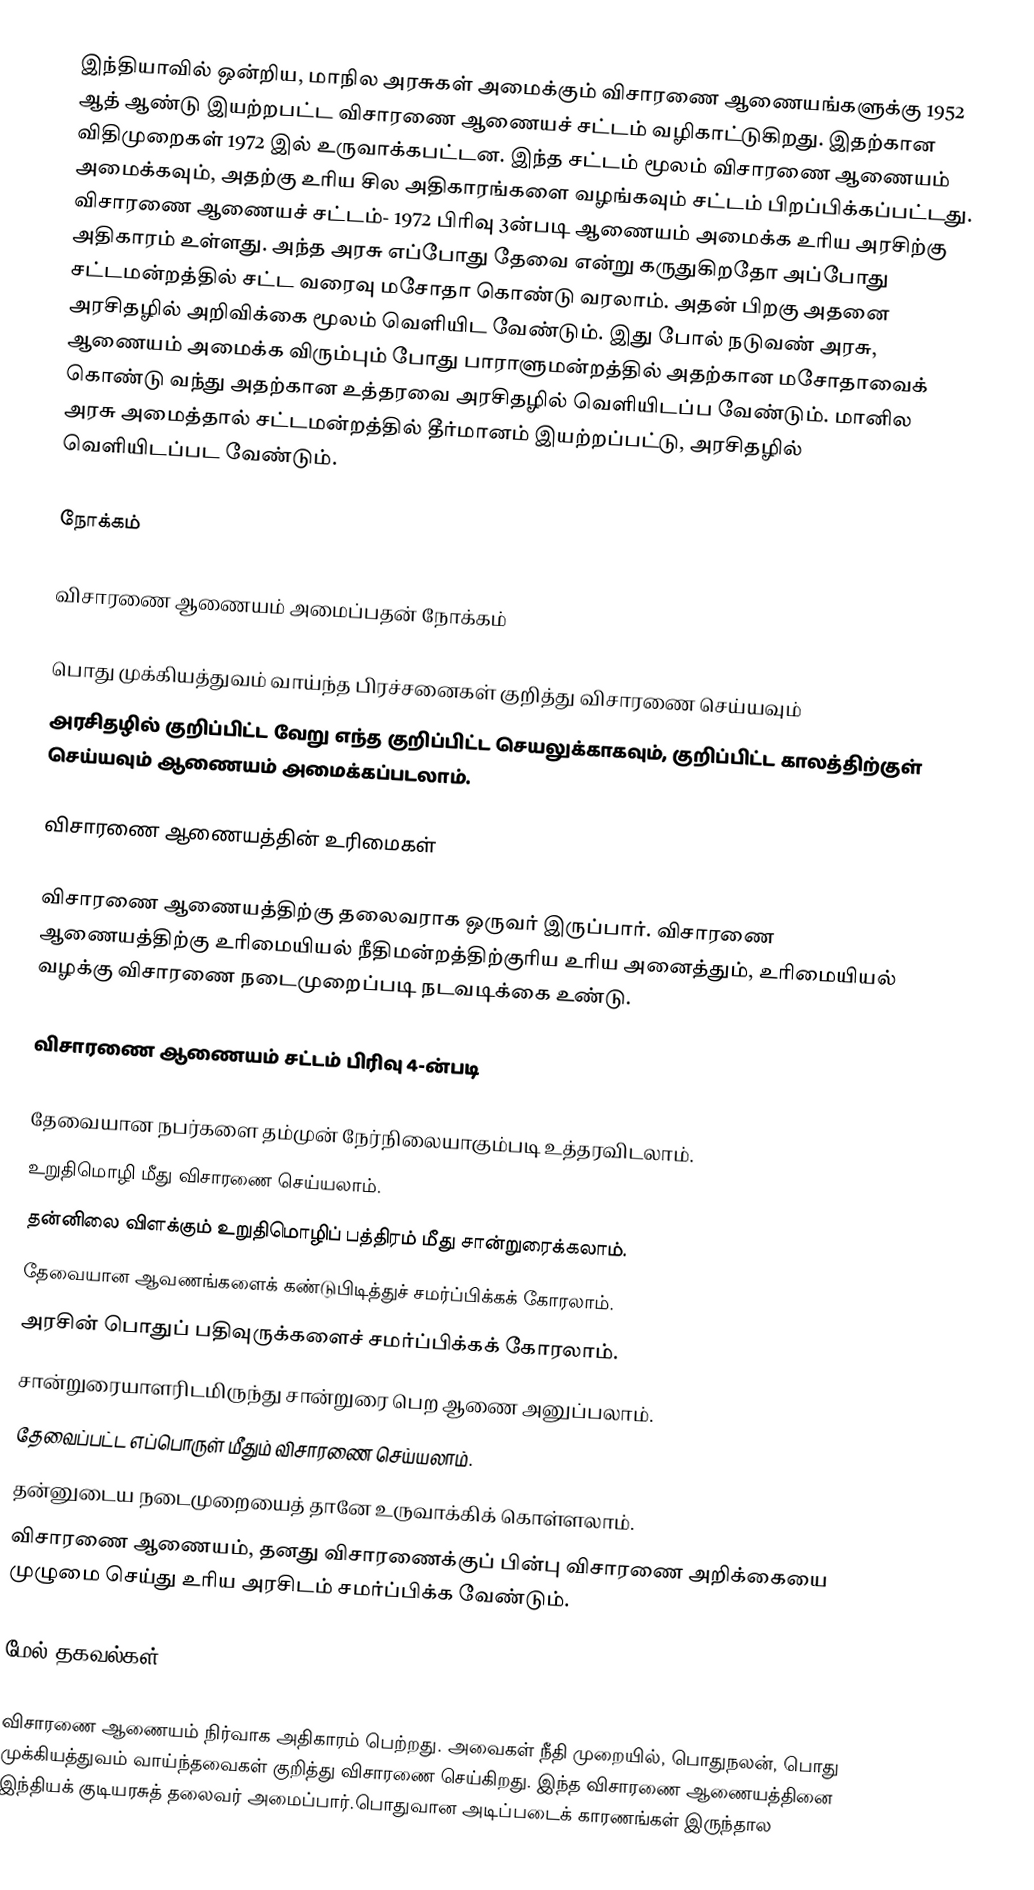
இந்தியாவில் ஒன்றிய, மாநில அரசுகள் அமைக்கும் விசாரணை ஆணையங்களுக்கு 1952 ஆத் ஆண்டு இயற்றபட்ட விசாரணை ஆணையச் சட்டம் வழிகாட்டுகிறது. இதற்கான விதிமுறைகள் 1972 இல் உருவாக்கபட்டன. இந்த சட்டம் மூலம் விசாரணை ஆணையம் அமைக்கவும், அதற்கு உரிய சில அதிகாரங்களை வழங்கவும் சட்டம் பிறப்பிக்கப்பட்டது. விசாரணை ஆணையச் சட்டம்- 1972 பிரிவு 3ன்படி ஆணையம் அமைக்க உரிய அரசிற்கு அதிகாரம் உள்ளது. அந்த அரசு எப்போது தேவை என்று கருதுகிறதோ அப்போது சட்டமன்றத்தில் சட்ட வரைவு மசோதா கொண்டு வரலாம். அதன் பிறகு அதனை அரசிதழில் அறிவிக்கை மூலம் வெளியிட வேண்டும். இது போல் நடுவண் அரசு, ஆணையம் அமைக்க விரும்பும் போது பாராளுமன்றத்தில் அதற்கான மசோதாவைக் கொண்டு வந்து அதற்கான உத்தரவை அரசிதழில் வெளியிடப்ப வேண்டும். மானில அரசு அமைத்தால் சட்டமன்றத்தில் தீர்மானம் இயற்றப்பட்டு, அரசிதழில் வெளியிடப்பட வேண்டும்.

நோக்கம்

விசாரணை ஆணையம் அமைப்பதன் நோக்கம்

பொது முக்கியத்துவம் வாய்ந்த பிரச்சனைகள் குறித்து விசாரணை செய்யவும்
அரசிதழில் குறிப்பிட்ட வேறு எந்த குறிப்பிட்ட செயலுக்காகவும், குறிப்பிட்ட காலத்திற்குள் செய்யவும் ஆணையம் அமைக்கப்படலாம்.

விசாரணை ஆணையத்தின் உரிமைகள்

விசாரணை ஆணையத்திற்கு தலைவராக ஒருவர் இருப்பார். விசாரணை ஆணையத்திற்கு உரிமையியல் நீதிமன்றத்திற்குரிய உரிய அனைத்தும், உரிமையியல் வழக்கு விசாரணை நடைமுறைப்படி நடவடிக்கை உண்டு.

விசாரணை ஆணையம் சட்டம் பிரிவு 4-ன்படி

தேவையான நபர்களை தம்முன் நேர்நிலையாகும்படி உத்தரவிடலாம்.
உறுதிமொழி மீது விசாரணை செய்யலாம்.
தன்னிலை விளக்கும் உறுதிமொழிப் பத்திரம் மீது சான்றுரைக்கலாம்.
தேவையான ஆவணங்களைக் கண்டுபிடித்துச் சமர்ப்பிக்கக் கோரலாம்.
அரசின் பொதுப் பதிவுருக்களைச் சமர்ப்பிக்கக் கோரலாம்.
சான்றுரையாளரிடமிருந்து சான்றுரை பெற ஆணை அனுப்பலாம்.
தேவைப்பட்ட எப்பொருள் மீதும் விசாரணை செய்யலாம்.
தன்னுடைய நடைமுறையைத் தானே உருவாக்கிக் கொள்ளலாம்.
விசாரணை ஆணையம், தனது விசாரணைக்குப் பின்பு விசாரணை அறிக்கையை முழுமை செய்து உரிய அரசிடம் சமர்ப்பிக்க வேண்டும்.

மேல் தகவல்கள்

விசாரணை ஆணையம் நிர்வாக அதிகாரம் பெற்றது. அவைகள் நீதி முறையில், பொதுநலன், பொது முக்கியத்துவம் வாய்ந்தவைகள் குறித்து விசாரணை செய்கிறது. இந்த விசாரணை ஆணையத்தினை இந்தியக் குடியரசுத் தலைவர் அமைப்பார்.பொதுவான அடிப்படைக் காரணங்கள் இருந்தால